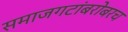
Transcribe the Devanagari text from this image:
समाजगटांबरोबरच